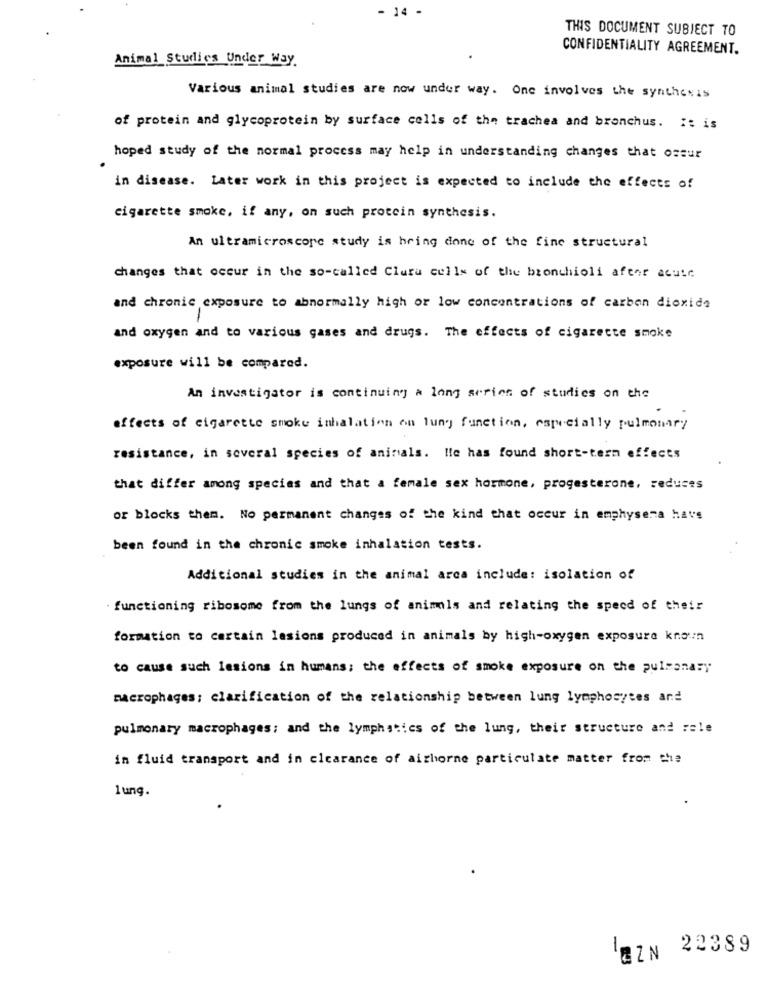
- 14 .
THIS DOCUMENT SUBIECT TO
CONFIDENTIALITY AGREEMENT.
Animal Studies Under Way.
Various animal studies are now under way. One involves the synthesis
of protein and glycoprotein by surface cells of the trachea and bronchus. It is
hoped study of the normal process may help in understanding changes that ossur
in disease. Later work in this project is expected to include the effects of
cigarette smoke, if any, on such protein synthesis.
An ultramicroscope study is hring done of the fine structural
changes that occur in the so-called Cluru celle of the bronchioli after acute
and chronic exposure to abnormally high or low concentrations of carbon dioxide
and oxygen and to various gases and drugs. The effects of cigarette smoke
exposure will be compared.
An investigator is continuing a long series of studies on the
effects of cigarette smoke inhalation on lung function, especially pulmonary
resistance, in several species of animals. He has found short-term effects
that differ among species and that a female sex hormone, progesterone, reduces
or blocks them. No permanent changes of the kind that occur in emphysema havs
been found in the chronic smoke inhalation tests.
Additional studies in the animal arca include: isolation of
. functioning ribosome from the lungs of animals and relating the speed of their
formation to certain lesions produced in animals by high-oxygen exposure known
to cause such lesions in humans; the effects of smoke exposure on the pulmonary
macrophages; clarification of the relationship between lung lymphocytes and
pulmonary macrophages; and the lymphstics of the lung, their structure and rele
in fluid transport and in clearance of airborne particulate matter from the
lung.
BZN 22389